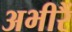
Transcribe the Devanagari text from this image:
अभीरैं